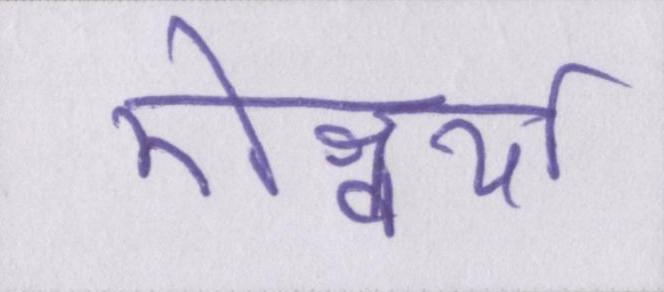
ऐश्वर्या